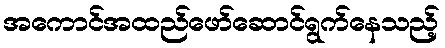
အကောင်အထည်ဖော်ဆောင်ရွက်နေသည့်